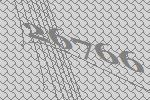
26766